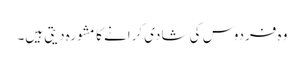
وہ فردوس کی شادی کرانے کا مشورہ دیتی ہیں۔